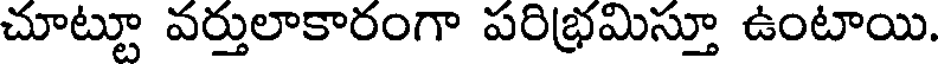
చూట్టూ వర్తులాకారంగా పరిభ్రమిస్తూ ఉంటాయి.